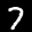
Label: 7